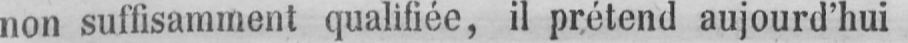
non suffisamment qualifiée, il prétend aujourd’hui